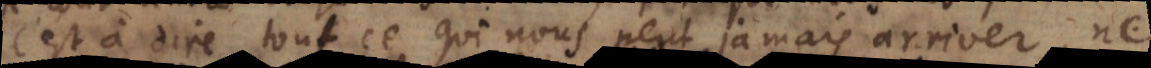
c’est à dire tout ce qui nous peut jamais arriver, ne